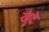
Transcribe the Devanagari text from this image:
खुंटे